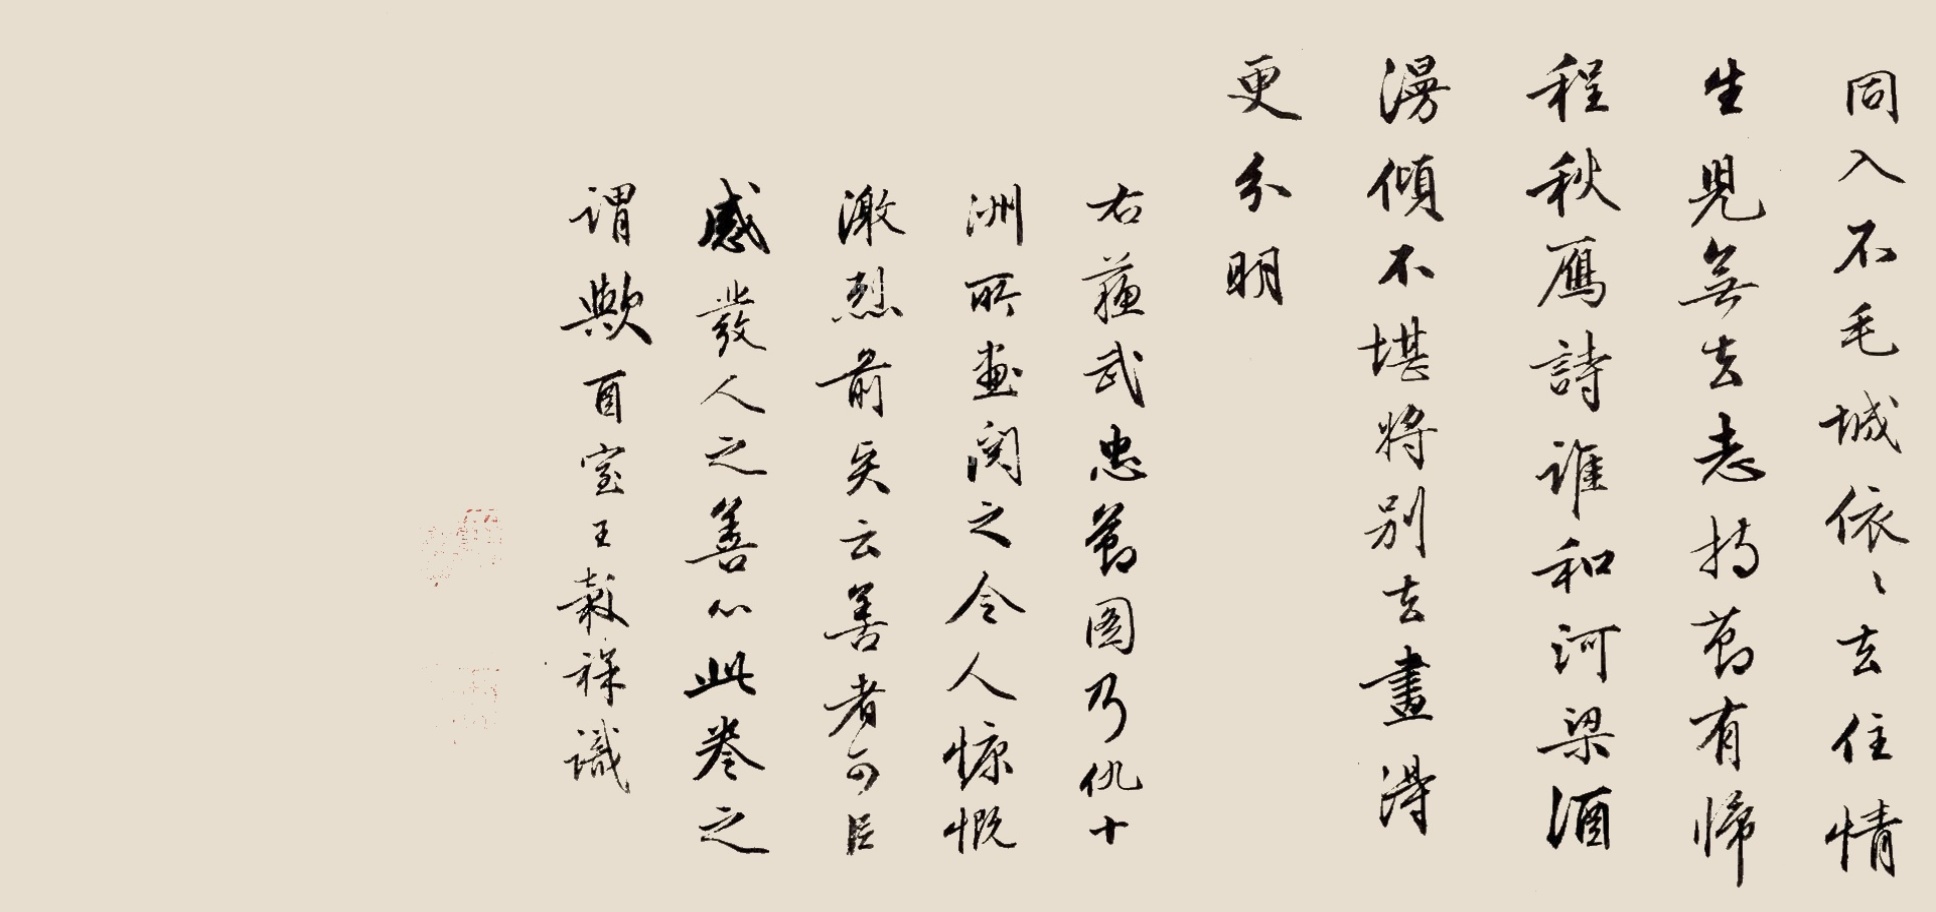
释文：同入不毛城，依依去住情。生见无去志，持节有归程。秋雁诗谁和，河梁酒漫倾。不堪将别去，画得更分明。右苏武忠节图乃仇十洲所画，阅之令人慷慨激烈，前贤云善者可以感发人之善心，此卷之谓欤。酉室王榖祥识。